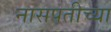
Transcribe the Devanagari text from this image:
नासपतीच्या